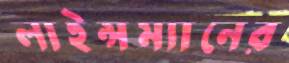
লাইন্সম্যানের